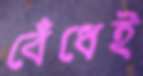
বেঁধেই